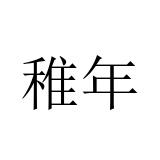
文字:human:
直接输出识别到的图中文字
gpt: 稚年